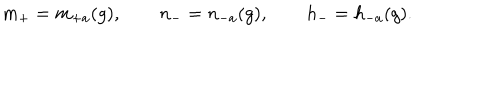
m _ { + } = m _ { + a } ( g ) , \qquad n _ { - } = n _ { - a } ( g ) , \qquad h _ { - } = h _ { - a } ( g ) .